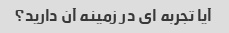
آیا تجربه ای در زمینه آن دارید؟